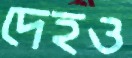
দেহও